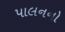
પાલનનો